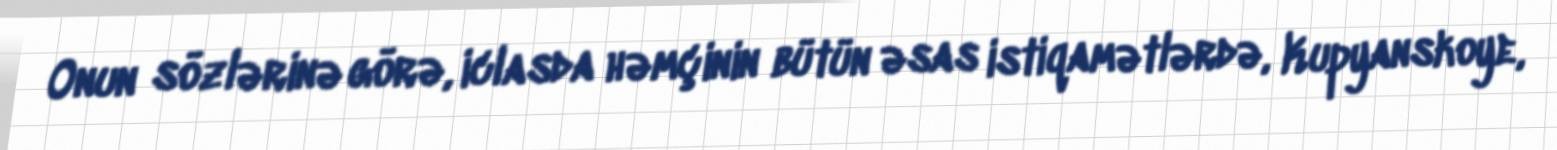
Onun sözlərinə görə, iclasda həmçinin bütün əsas istiqamətlərdə, Kupyanskoye,